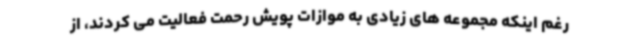
رغم اینکه مجموعه های زیادی به موازات پویش رحمت فعالیت می کردند، از